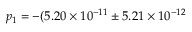
p _ { 1 } = - ( 5 . 2 0 \times 1 0 ^ { - 1 1 } \pm 5 . 2 1 \times 1 0 ^ { - 1 2 }